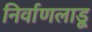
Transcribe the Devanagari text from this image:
निर्वाणलाडू